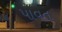
પાવત